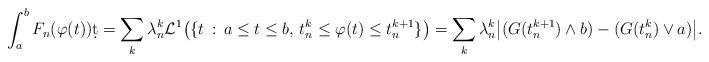
LaTeX: \begin{align*}\int_a^b F_n(\varphi(t))\d t=\sum_k \lambda^k_n \mathcal{L}^1\big(\{t\,:\, a\leq t\leq b, \, t^k_n\leq \varphi(t)\leq t^{k+1}_n\}\big)=\sum_k \lambda^k_n\big|(G(t^{k+1}_n)\wedge b)-(G(t^k_n)\vee a)\big|.\end{align*}